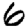
Digit: 6